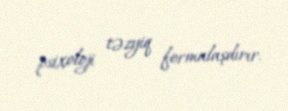
psixoloji təzyiq formalaşdırır.